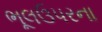
ભૂલઉપરના